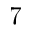
7